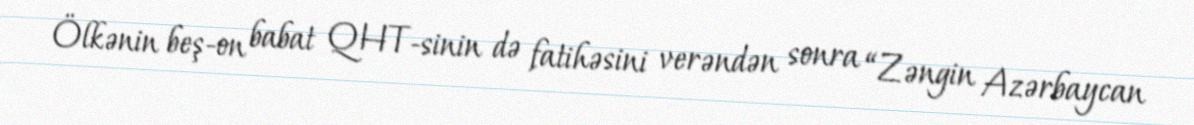
Ölkənin beş-on babat QHT-sinin də fatihəsini verəndən sonra “Zəngin Azərbaycan